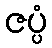
ဇပ္ပံ